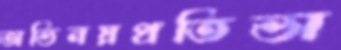
অভিনয়প্রতিভা